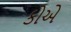
કોએ